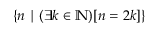
\{ n \mid ( \exists k \in \mathbb { N } ) [ n = 2 k ] \}